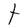
Character: t